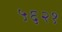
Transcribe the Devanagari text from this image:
५६२१